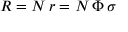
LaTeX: R = N \, r = N \, \Phi \, \sigma